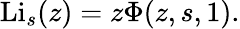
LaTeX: \operatorname{Li}_{s}(z)=z\Phi(z,s,1).